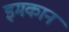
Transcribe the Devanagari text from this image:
इमकान